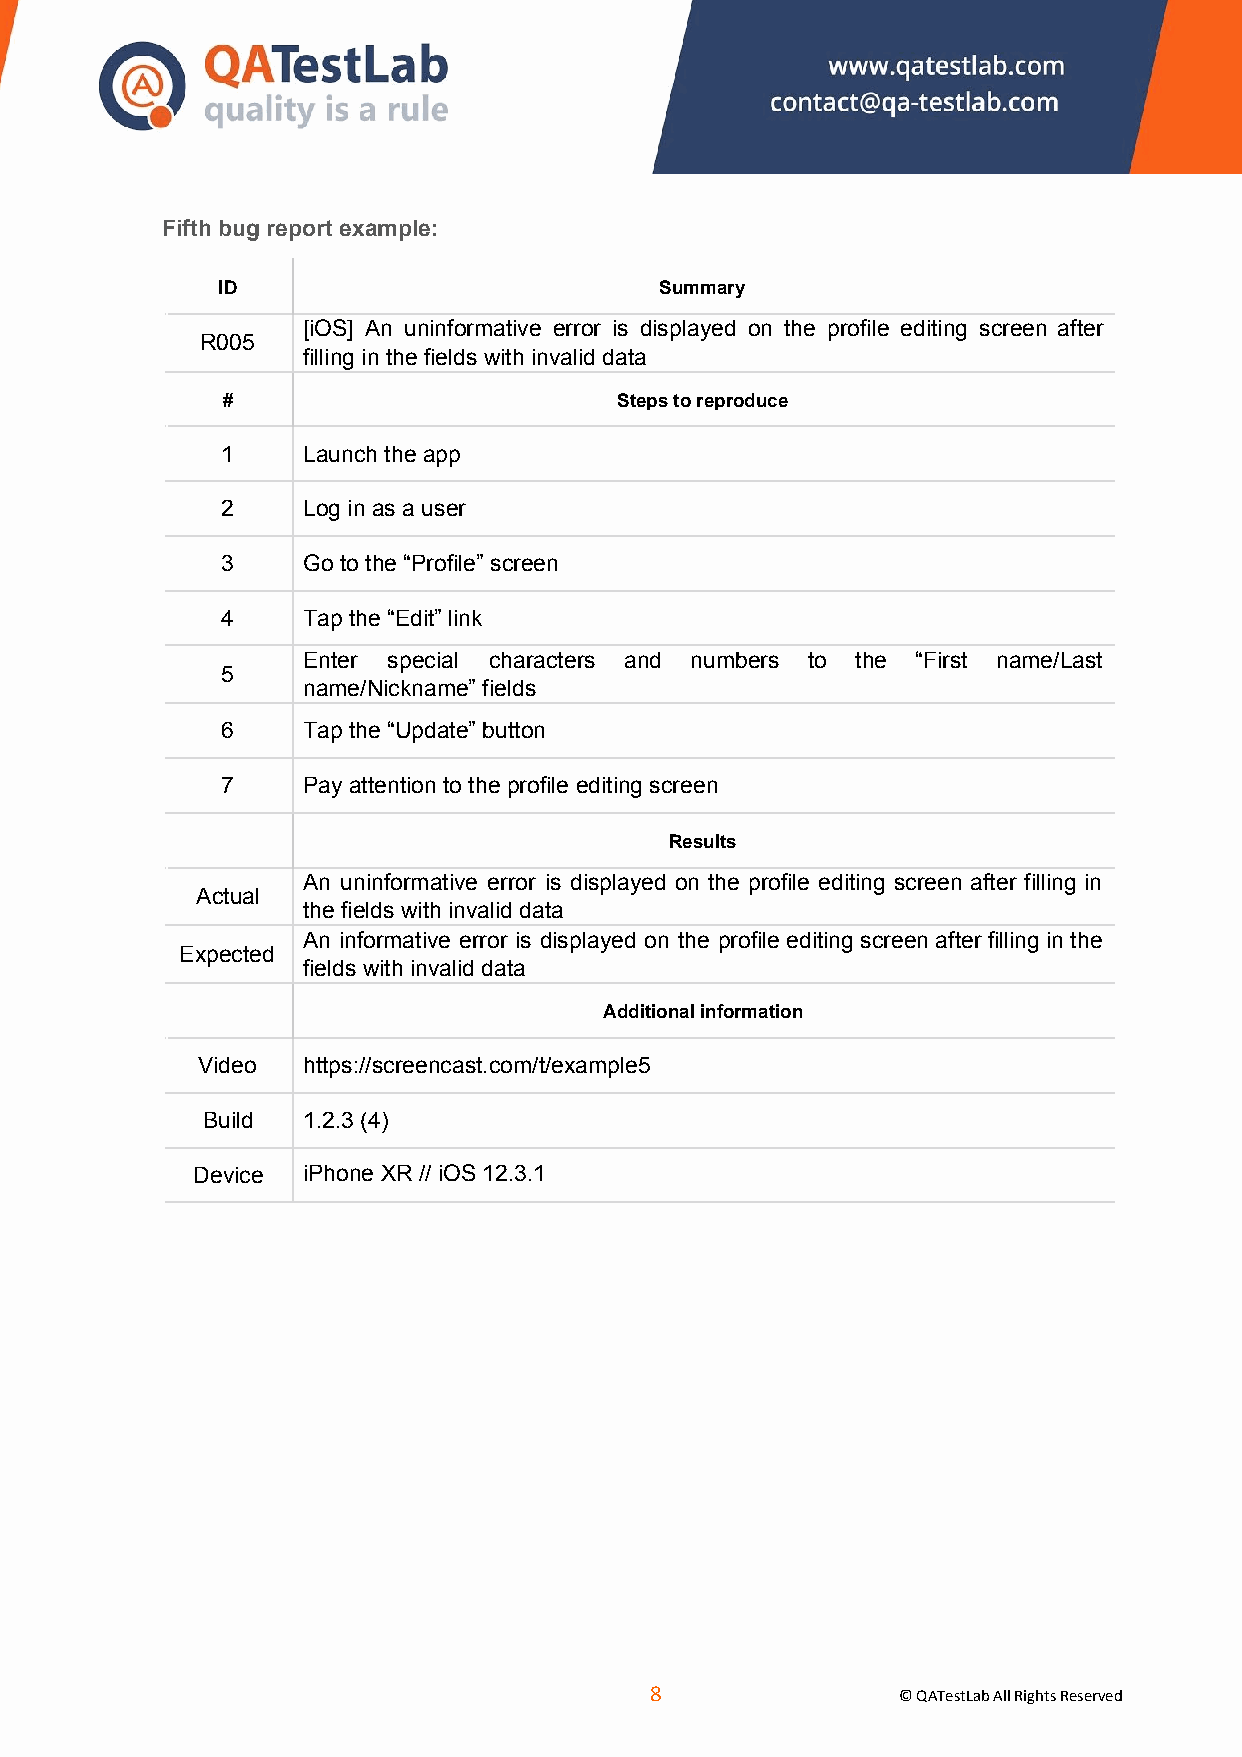
Fifth bug report example:
 ID                            Summary
 [iOS] An uninformative error is displayed on the profile editing screen after
 R005
 filling in the fields with invalid data
 #                         Steps to reproduce
 1    Launch the app
 2    Log in as a user
 3    Go to the “Profile” screen
 4    Tap the “Edit” link
 Enter special characters and numbers to the “First name/Last
 5
 name/Nickname” fields
 6    Tap the “Update” button
 7    Pay attention to the profile editing screen
 Results
 An uninformative error is displayed on the profile editing screen after filling in
 Actual
 the fields with invalid data
 An informative error is displayed on the profile editing screen after filling in the
 Expected
 fields with invalid data
 Additional information
 Video  https://screencast.com/t/example5
 Build  1.2.3 (4)
 Device iPhone XR // iOS 12.3.1
 ​8​
 © QATestLab All Rights Reserved